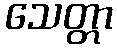
သေတ္တာ